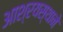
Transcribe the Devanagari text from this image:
आश्रयस्थाने